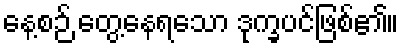
နေ့စဉ် တွေ့နေရသော ဒုက္ခပင်ဖြစ်၏။